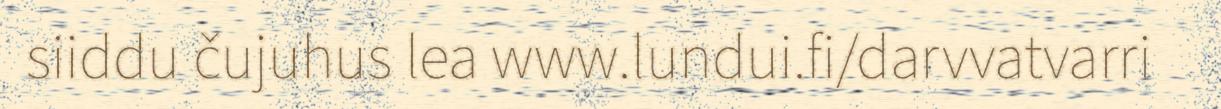
siiddu čujuhus lea www.lundui.fi/darvvatvarri